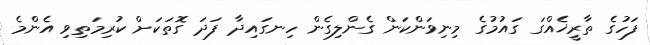
ފަހުގެ ތާރީޚެއްގަ ގައުމުގެ މިނިވަންކަން ގެންލިގެން ހިނގައިދާ ފަދަ ގޮތަކަށް ކުރިމަތިވި އެންމެ